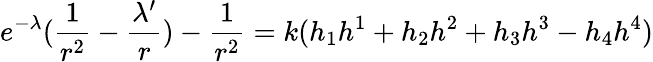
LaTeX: e^{-{\lambda}}(\frac{1}{r^{2}}-\frac{{\lambda}^{\prime}}{r})-\frac{1}{r^{2}}=k(h_{1}h^{1}+h_{2}h^{2}+h_{3}h^{3}-h_{4}h^{4})